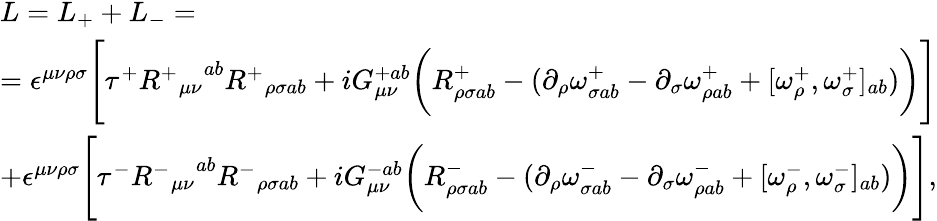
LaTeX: \begin{array}{ll}{{L=L_{+}+L_{-}=}}\\ {{=\epsilon^{\mu\nu\rho\sigma}\Bigg[\tau^{+}{{R^{+}}_{\mu\nu}}^{ab}{R^{+}}_{\rho\sigma ab}+iG_{\mu\nu}^{+ab}\bigg(R_{\rho\sigma ab}^{+}-(\partial_{\rho}\omega_{\sigma ab}^{+}-\partial_{\sigma}\omega_{\rho ab}^{+}+[\omega_{\rho}^{+},\omega_{\sigma}^{+}]_{ab})\bigg)\Bigg]}}\\ {{+\epsilon^{\mu\nu\rho\sigma}\Bigg[\tau^{-}{{R^{-}}_{\mu\nu}}^{ab}{R^{-}}_{\rho\sigma ab}+iG_{\mu\nu}^{-ab}\bigg(R_{\rho\sigma ab}^{-}-(\partial_{\rho}\omega_{\sigma ab}^{-}-\partial_{\sigma}\omega_{\rho ab}^{-}+[\omega_{\rho}^{-},\omega_{\sigma}^{-}]_{ab})\bigg)\Bigg],}}\end{array}